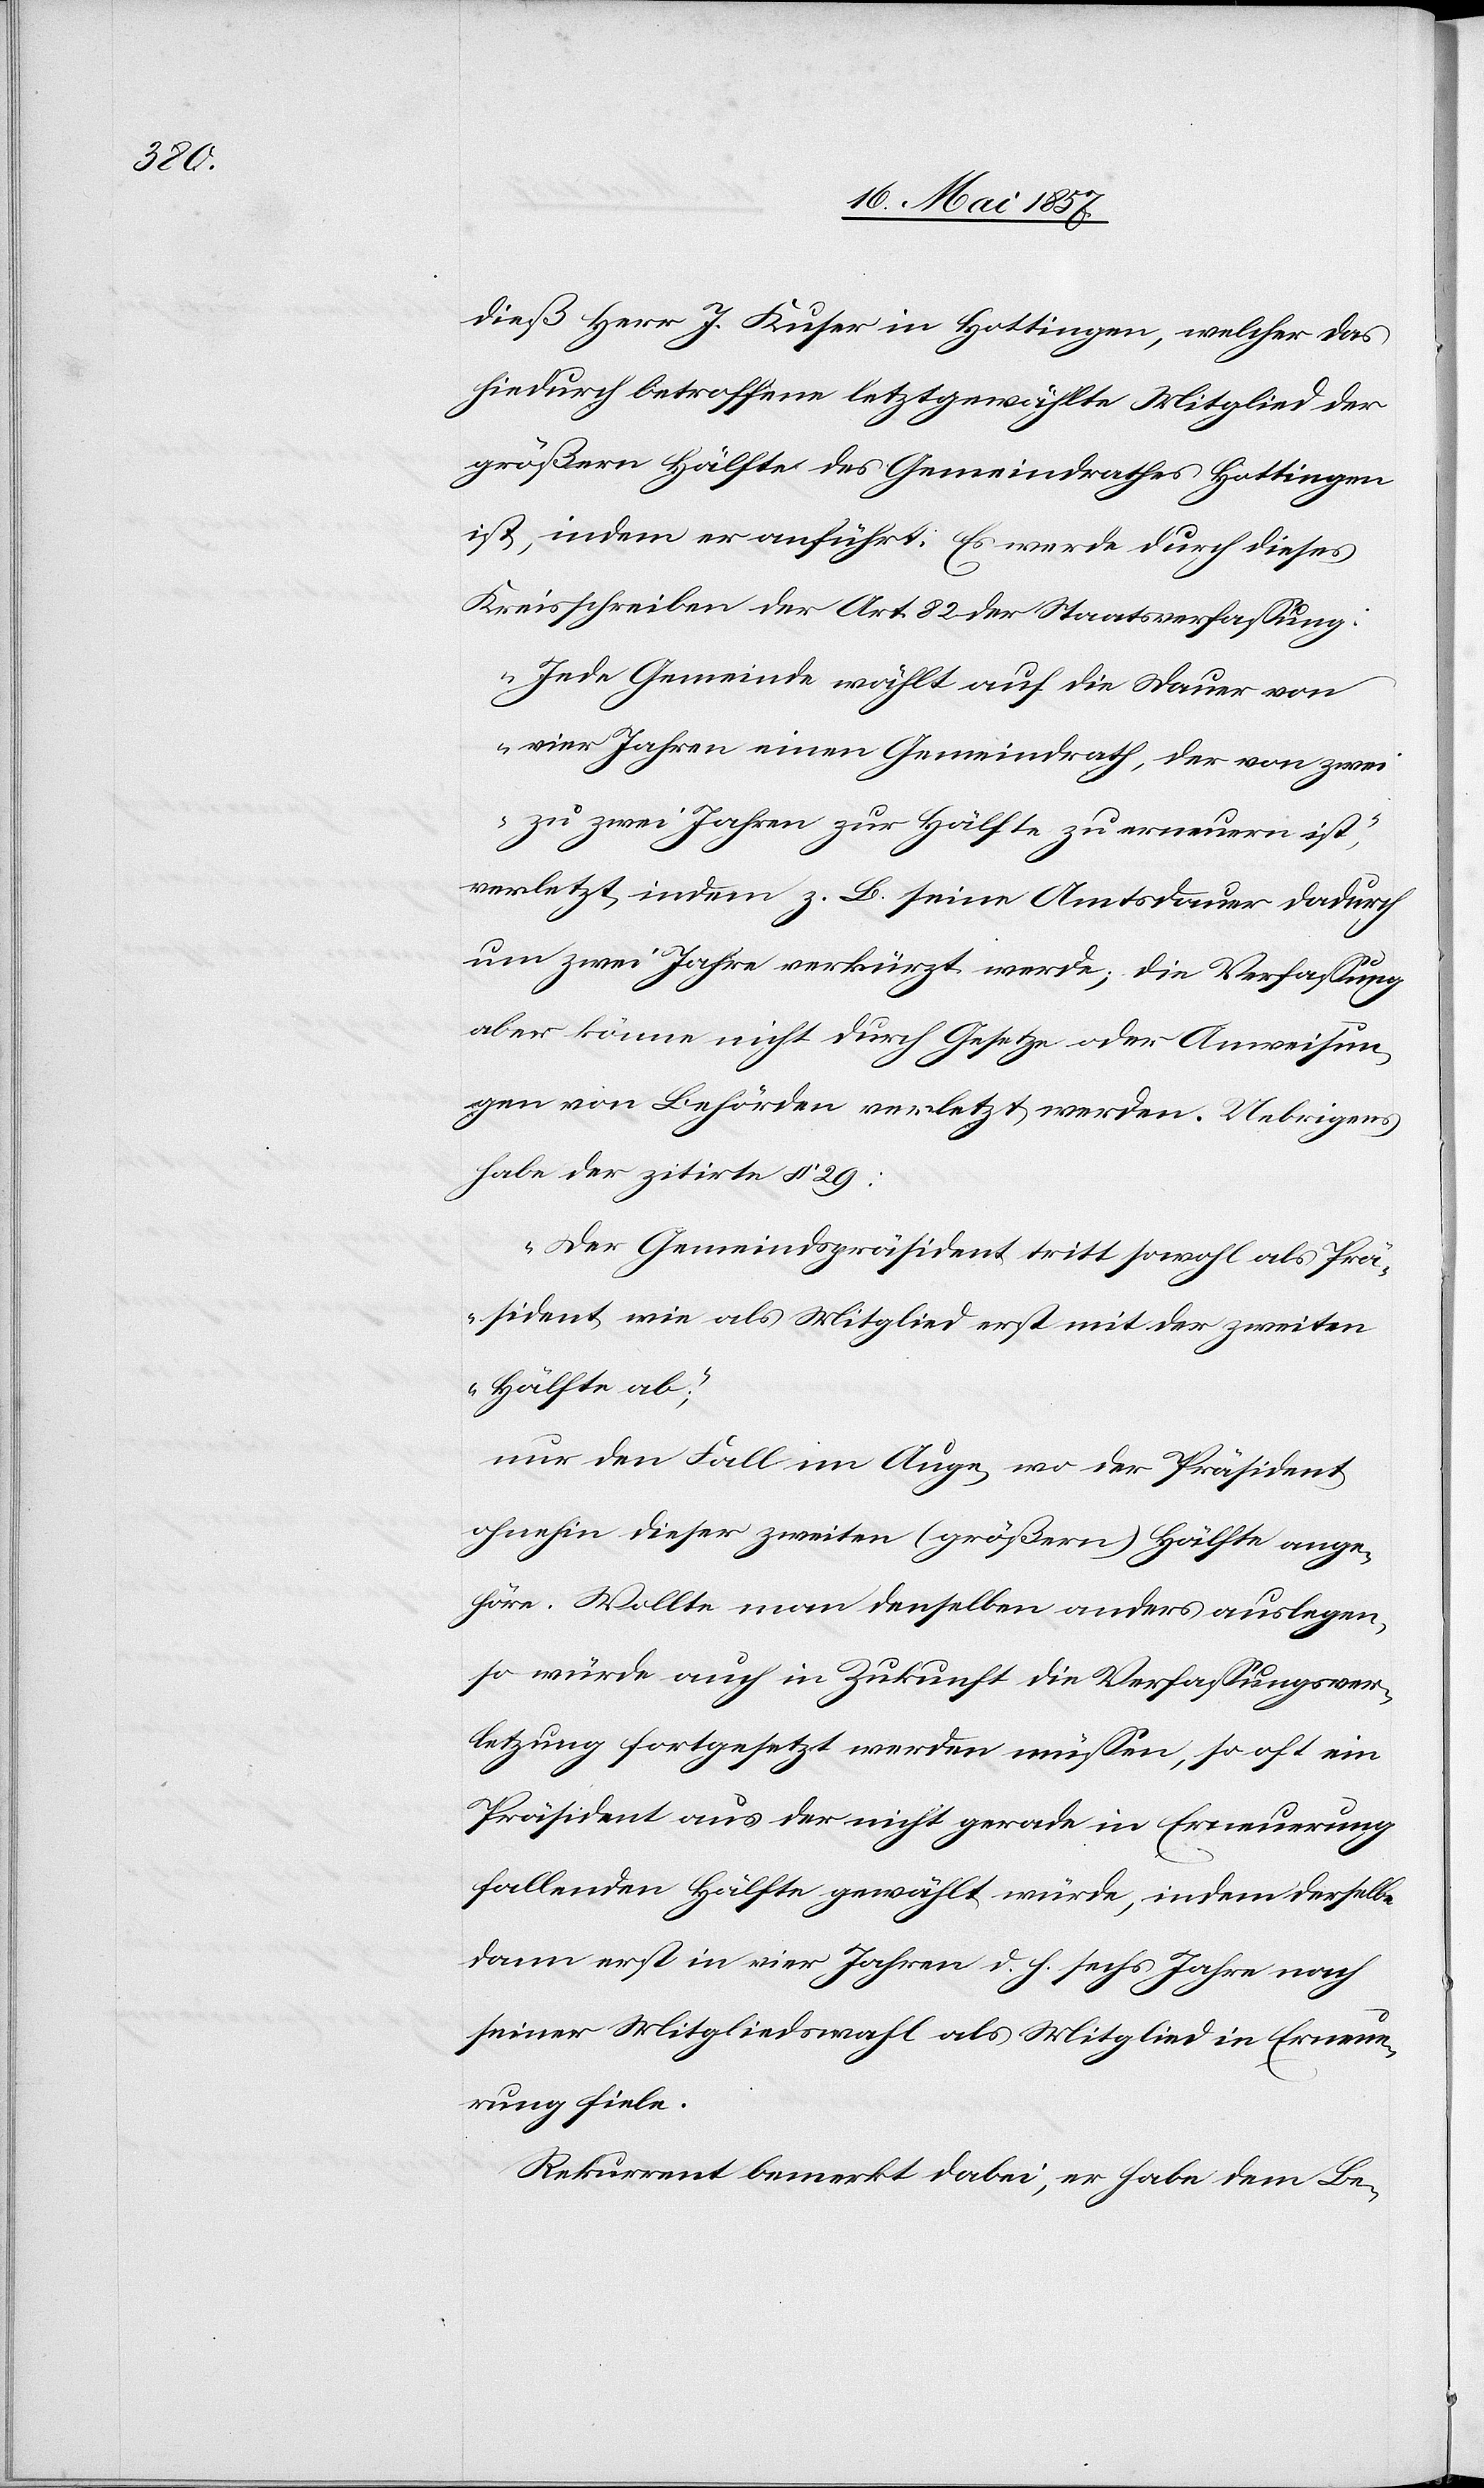
dieß Herr J. Kuser in Hottingen, welcher das
hiedurch betroffene letztgewählte Mitglied der
größern Hälfte des Gemeindrathes Hottingen
ist, indem er anführt. Es werde durch dieses
Kreisschreiben der Art. 82 der Staatsverfassung:
„Jede Gemeinde wählt auf die Dauer von
vier Jahren einen Gemeindrath, der von zwei
zu zwei Jahren zur Hälfte zu erneuern ist,“
verletzt, indem z. B. seine Amtsdauer dadurch
um zwei Jahre verkürzt werde; die Verfassung
aber könne nicht durch Gesetze oder Ausweisun¬
gen von Behörden verletzt werden. Uebrigens
habe der zitirte § 29:
„Der Gemeindspräsident tritt sowohl als Prä¬
sident wie als Mitglied erst mit der zweiten
Hälfte ab,“
nur den Fall im Auge wo der Präsident
ohnehin dieser zweiten (größern) Hälfte ange¬
höre. Wollte man denselben anders auslegen,
so würde auch in Zukunft die Verfassungsver¬
letzung fortgesetzt werden müssen, so oft ein
Präsident aus der nicht gerade in Erneuerung
fallenden Hälfte gewählt würde, indem derselbe
dann erst in vier Jahren d. h. sechs Jahre nach
seiner Mitgliedswahl als Mitglied in Erneue¬
rung fiele.
Rekurrent bemerkt dabei, er habe dem Be-